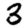
Digit: 3